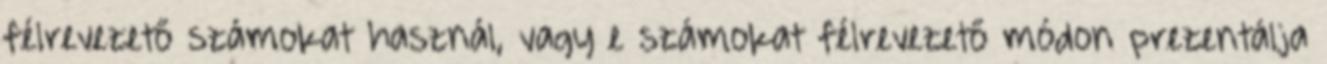
félrevezető számokat használ, vagy e számokat félrevezető módon prezentálja